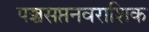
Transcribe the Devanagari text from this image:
पञ्चसप्तनवराशिक